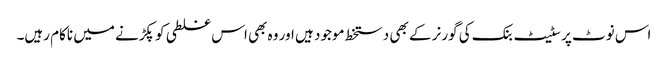
اس نوٹ پر سٹیٹ بنک کی گورنر کے بھی دستخط موجود ہیں اور وہ بھی اس غلطی کو پکڑنے میں ناکام رہیں۔